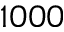
1 0 0 0